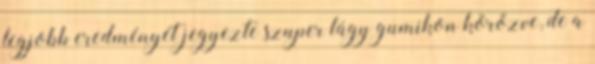
legjobb eredményét jegyezte szuper lágy gumikon körözve, de a